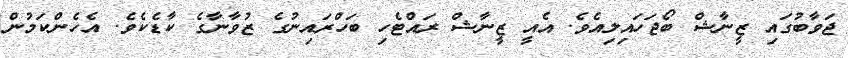
ޖަވާބުގައި ޒީނާޝް ބޯޖަހައިލިއެވެ. އެއީ ޒީނާޝް ރައްޓެހި ބަހްރައިނުގެ ޒުވާނާގެ ކާޑެކެވެ. އެހެންކަމުން